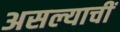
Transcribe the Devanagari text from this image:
असल्याचीं